Voru_kinnistusamet, lk 16
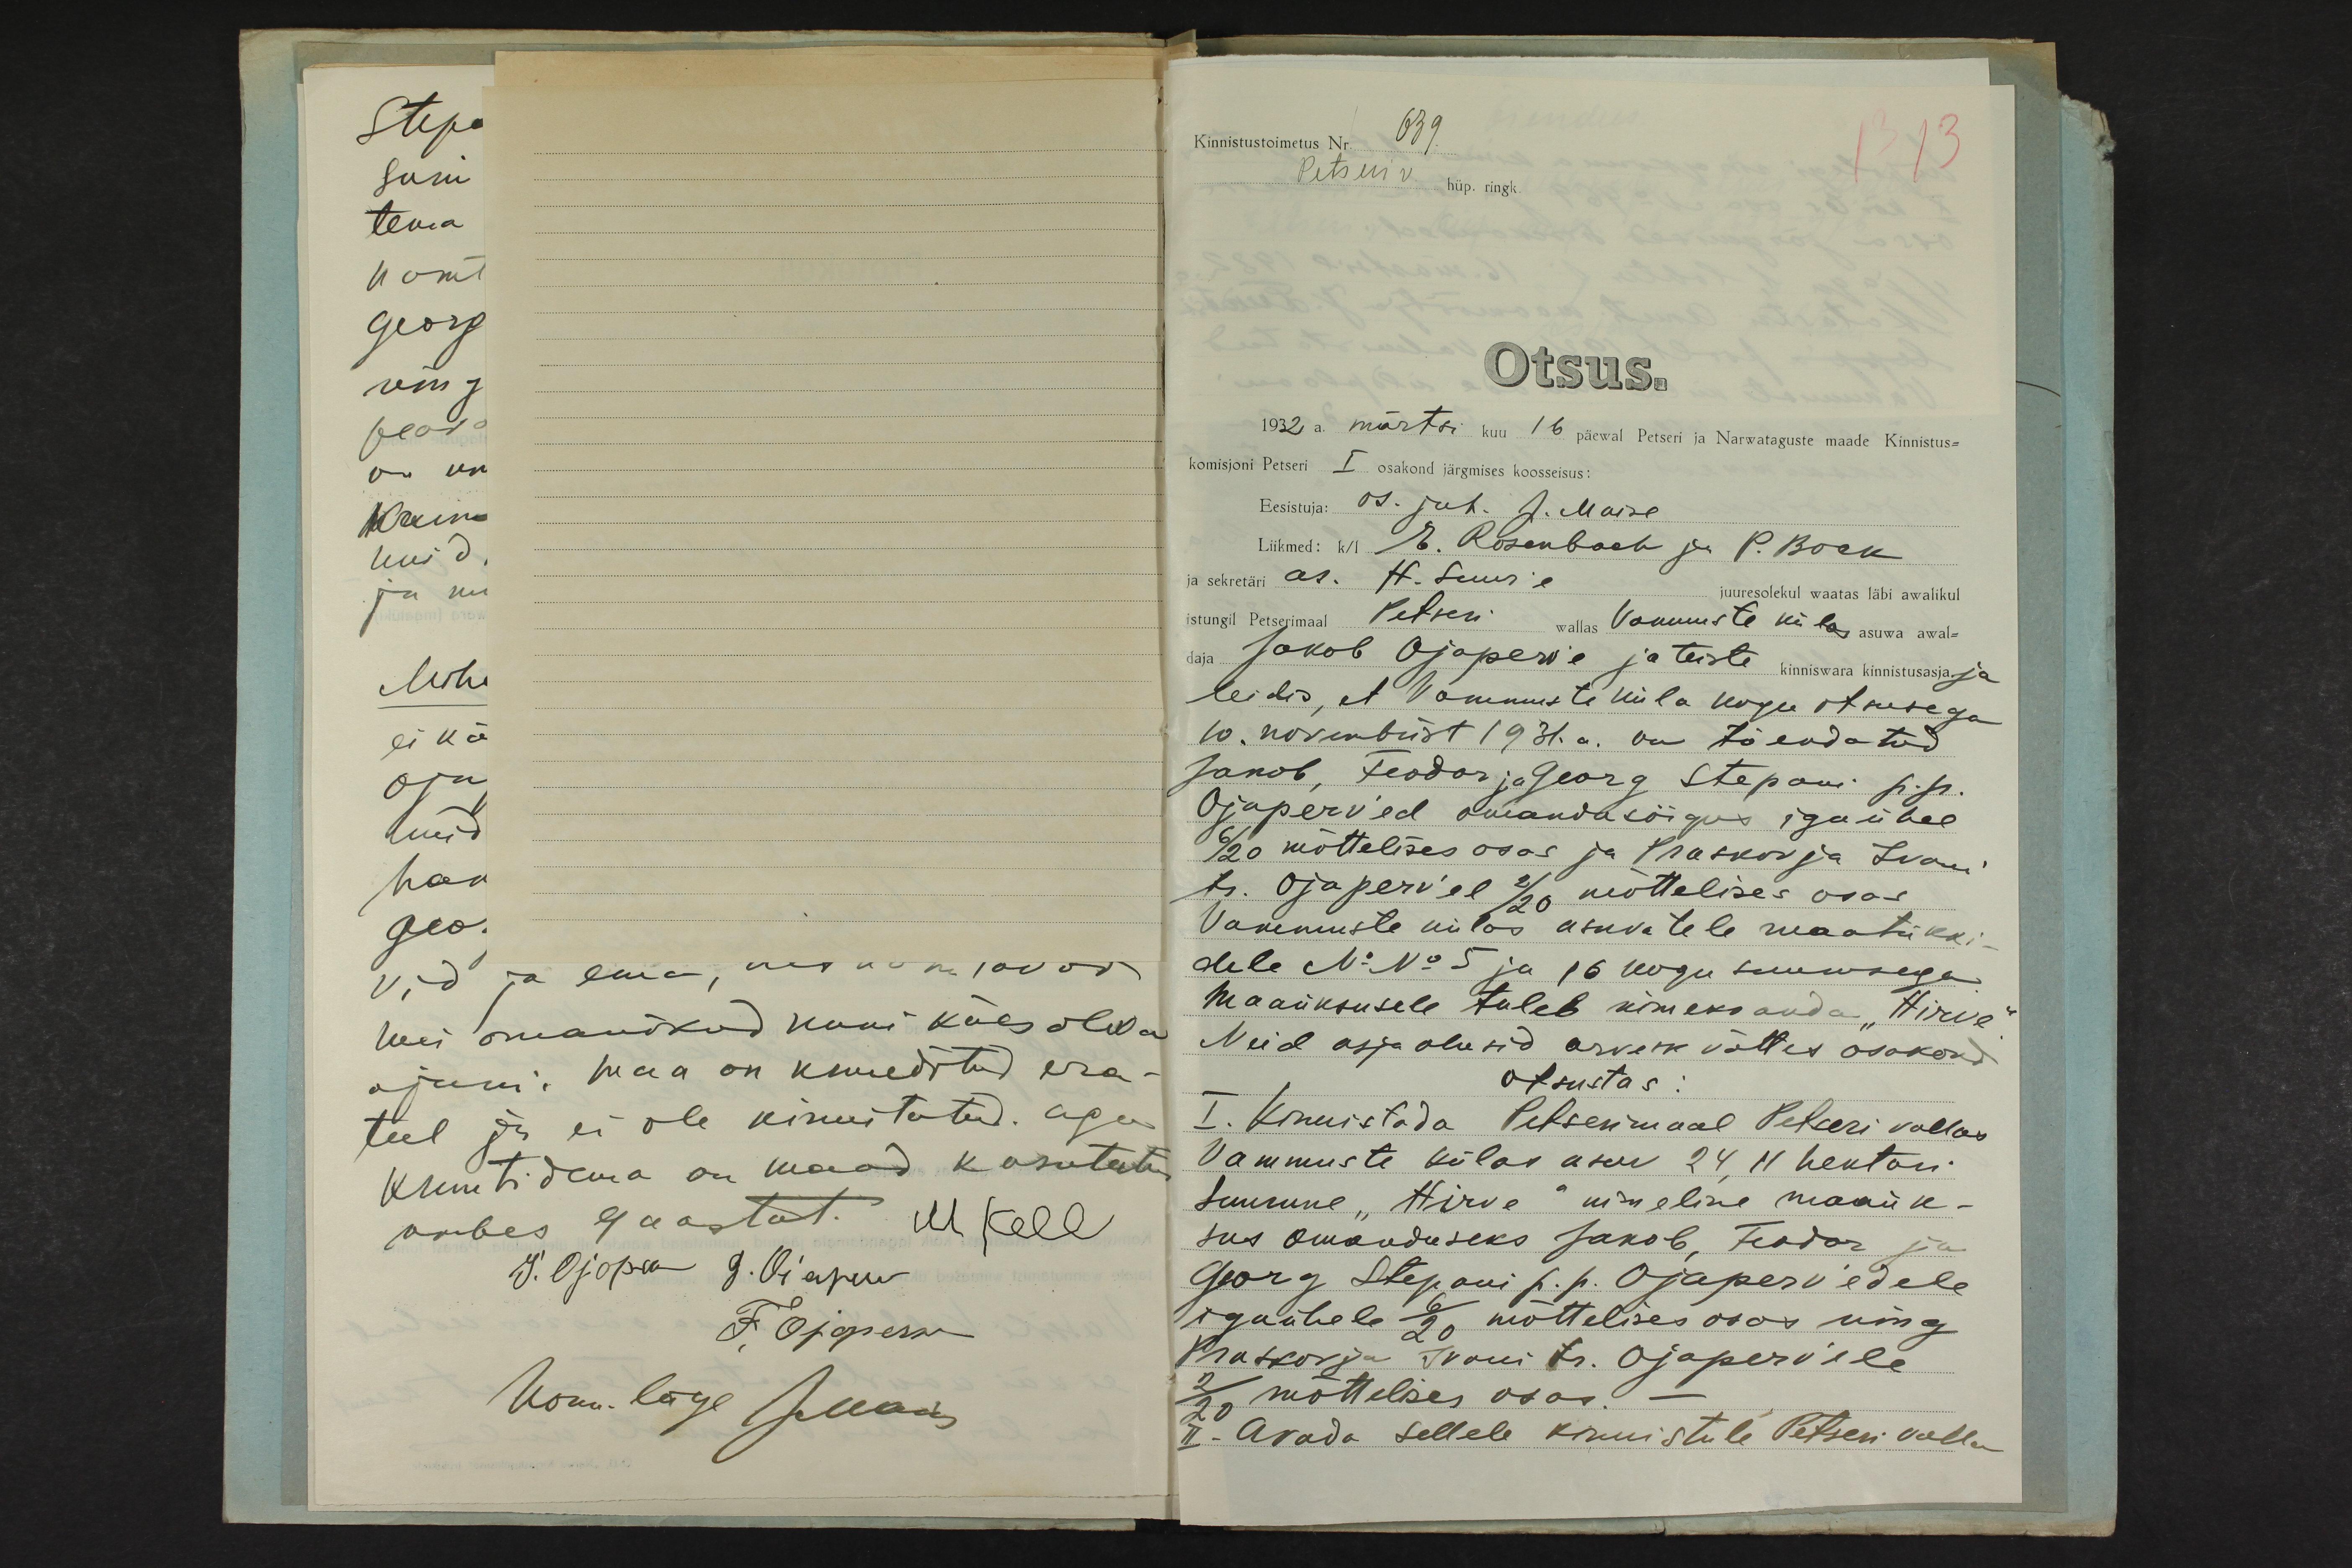
kui omanikud kuni käesoleva
ajani. Maa on krunditud era-
teel ja ei ole kinnitatud. aga
kruntidena on maad kasutatu
umbes 9 aastat. M Kell
J. Ojoperv G. Ojaperv
F. Ojaperw
Komm. liige JMaise

Kinnistustoimetus Nr. 639.
13 13
Petseri v. hüp. ringk.
Otsus.
1932 a. märtsi kuu 16 päewal Petseri ja Narwataguste maade Kinnistus-
komisjoni Petseri I osakond järgmises koosseisus:
Eesistuja: os. juh. J. Maise
Liikmed: k/I E. Rosenbach ja P. Bock
ja sekretäri as. H. Suur'e juuresolekul waatas läbi awalikul
istungil Petserimaal Petseri wallas Vammuste külas asuwa awal-
daja Jakob Ojaperv´e ja teiste kinniswara kinnistusasja ja
leidis, et Vammuste küla kogu otsusega
10. novembrist 1931.a. on tõendatud
Jakob, Feodor ja Georg Stepani p.p.
Ojaperv´ed omandusõigus igaühel
6/20 mõttelises osas ja Praskovja Ivani
tr. Ojaperv´el 2/20 mõttelises osas
Vammuste külas asuvatele maatükki-
dele No No 5 ja 16 kogu suurusega.
Maaüksusele tuleb nimeks anda "Hirve."
Neid asjaolusid arvesse võttes osakond
Otsustas:
I. Kinnistada Petserimaal Petseri vallas
Vammuste külas asuv 24,11 hektari
suurune "Hirve" nimeline maaük-
sus omanduseks Jakob, Feodor ja
Georg Stepani p. p. Ojaperv´edele
igaühele 6/20 mõttelises osas ning
Praskovja Ivani tr. Ojaperv´ele
2/20 mõttelises osas. -
II. Avada sellele kinnistule Petseri valla